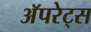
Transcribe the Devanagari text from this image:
अॅपरेट्स